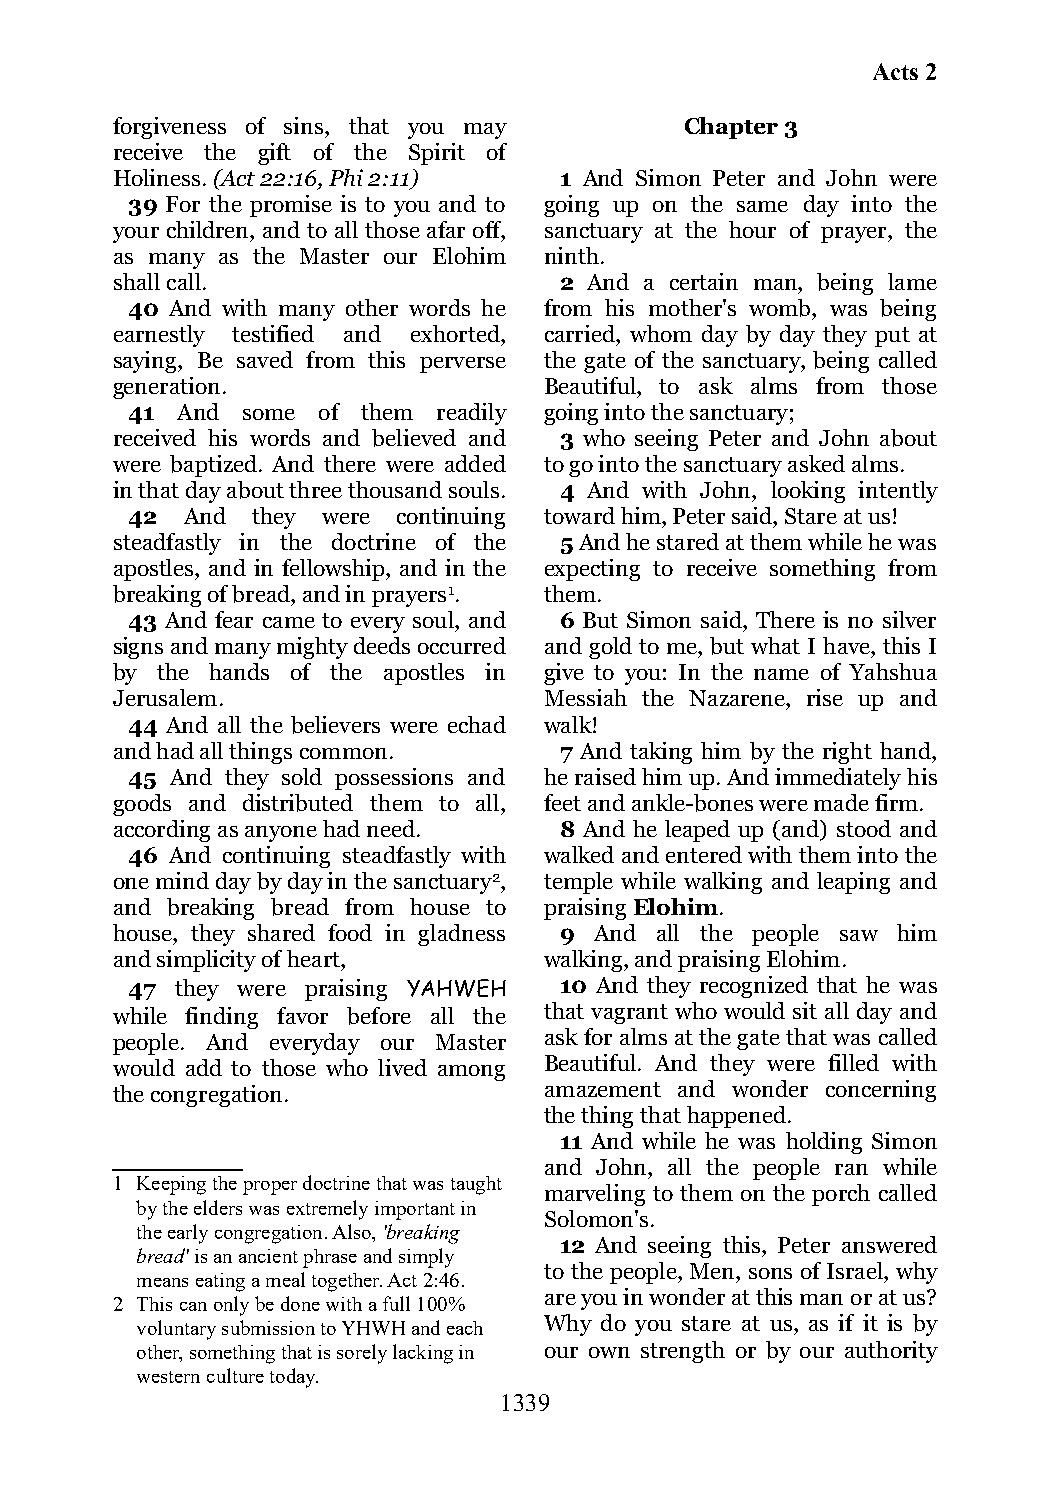
Acts 2
 forgiveness of sins, that you may     Chapter 3
 receive the gift of the Spirit of
 Holiness. (Act 22:16, Phi 2:11) 1 And Simon Peter and John were
 39 For the promise is to you and to going up on the same day into the
 your children, and to all those afar off, sanctuary at the hour of prayer, the
 as many as the Master our Elohim ninth.
 shall call.                   2 And a certain man, being lame
 40 And with many other words he from his mother's womb, was being
 earnestly testified and exhorted, carried, whom day by day they put at
 saying, Be saved from this perverse the gate of the sanctuary, being called
 generation.                  Beautiful, to ask alms from those
 41  And some of them readily going into the sanctuary;
 received his words and believed and 3 who seeing Peter and John about
 were baptized. And there were added to go into the sanctuary asked alms.
 in that day about three thousand souls. 4 And with John, looking intently
 42  And  they were continuing toward him, Peter said, Stare at us!
 steadfastly in the doctrine of the 5 And he stared at them while he was
 apostles, and in fellowship, and in the expecting to receive something from
 breaking of bread, and in prayers1. them.
 43 And fear came to every soul, and 6 But Simon said, There is no silver
 signs and many mighty deeds occurred and gold to me, but what I have, this I
 by the hands of the apostles in give to you: In the name of Yahshua
 Jerusalem.                   Messiah the Nazarene, rise up and
 44 And all the believers were echad walk!
 and had all things common.    7 And taking him by the right hand,
 45 And they sold possessions and he raised him up. And immediately his
 goods and distributed them to all, feet and ankle-bones were made firm.
 according as anyone had need. 8 And he leaped up (and) stood and
 46 And continuing steadfastly with walked and entered with them into the
 one mind day by day in the sanctuary2, temple while walking and leaping and
 and breaking bread from house to praising Elohim.
 house, they shared food in gladness 9 And all the people saw him
 and simplicity of heart,     walking, and praising Elohim.
 47  they were praising YAHWEH 10 And they recognized that he was
 while finding favor before all the that vagrant who would sit all day and
 people. And everyday our Master ask for alms at the gate that was called
 would add to those who lived among Beautiful. And they were filled with
 the congregation.            amazement and wonder concerning
 the thing that happened.
 11 And while he was holding Simon
 and John, all the people ran while
 1 Keeping the proper doctrine that was taught
 marveling to them on the porch called
 by the elders was extremely important in
 Solomon's.
 the early congregation. Also, 'breaking
 12 And seeing this, Peter answered
 bread' is an ancient phrase and simply
 to the people, Men, sons of Israel, why
 means eating a meal together. Act 2:46.
 are you in wonder at this man or at us?
 2 This can only be done with a full 100%
 voluntary submission to YHWH and each Why do you stare at us, as if it is by
 other, something that is sorely lacking in our own strength or by our authority
 western culture today.
 1339